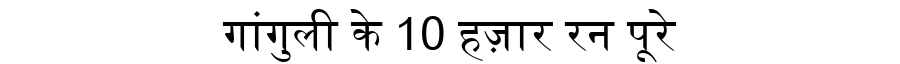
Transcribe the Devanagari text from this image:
गांगुली के 10 हज़ार रन पूरे